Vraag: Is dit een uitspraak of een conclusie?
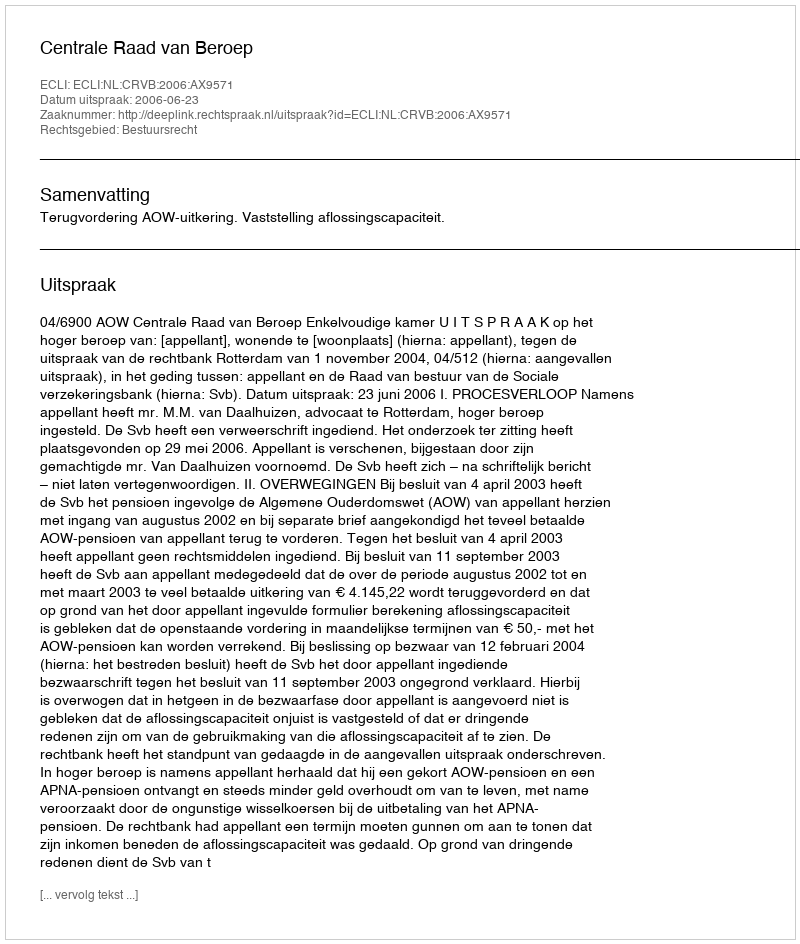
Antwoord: Uitspraak